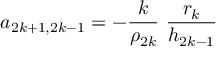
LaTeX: a _ { 2 k + 1 , 2 k - 1 } = - \frac { k } { \rho _ { 2 k } } \ \frac { r _ { k } } { h _ { 2 k - 1 } }